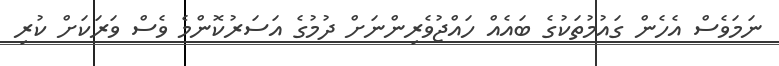
ނަމަވެސް އެހެން ގައުމުތަކުގެ ބައެއް ހައްޖުވެރިންނަށް ދުމުގެ އަސަރުކޮންމެ ވެސް ވަރަކަށް ކުރި